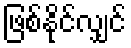
ဖြစ်နိုင်လျှင်